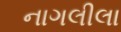
નાગલીલા